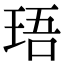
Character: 珸